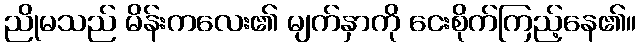
ညိုမသည် မိန်းကလေး၏ မျက်နှာကို ငေးစိုက်ကြည့်နေ၏။